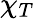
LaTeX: \chi_{T}